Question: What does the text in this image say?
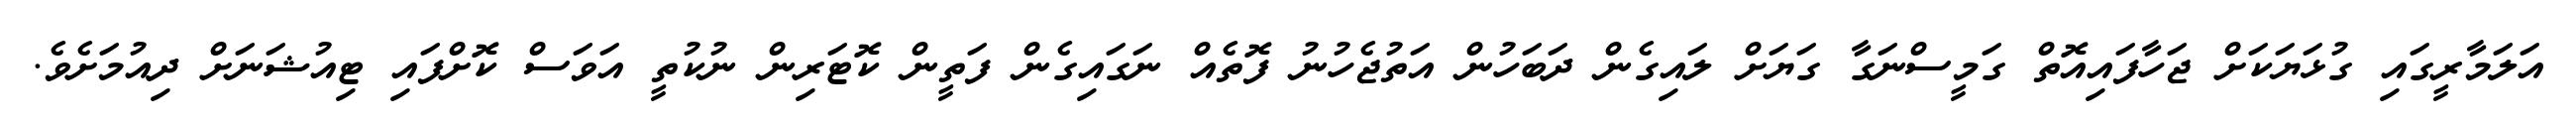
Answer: އަލަމާރީގައި ގުޅަޔަކަށް ޖަހާފައިއޮތް ގަމީސްނަގާ ގަޔަށް ލައިގެން ދަބަހުން އަތުޖެހުނު ފޮތެއް ނަގައިގެން ފަތީން ކޮޓަރިން ނުކުތީ އަވަސް ކޮށްފައި ޓިއުޝަނަށް ދިއުމަށެވެ.